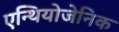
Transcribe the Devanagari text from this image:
एन्थियोजेनिक